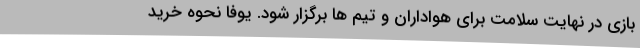
بازی در نهایت سلامت برای هواداران و تیم ها برگزار شود. یوفا نحوه خرید